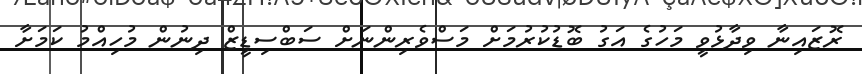
ރޮޒައިނާ ވިދާޅުވީ މަހުގެ އަގު ބޮޑުކުރުމަށް މަސްވެރިންނަށް ސަބްސިޑީޒް ދިނުން މުހިއްމު ކަމަށާ